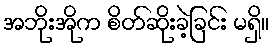
အဘိုးအိုက စိတ်ဆိုးခဲ့ခြင်း မရှိ။